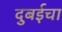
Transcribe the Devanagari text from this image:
दुबईचा